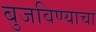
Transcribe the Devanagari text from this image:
बुजविण्याचा